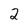
Character: 2